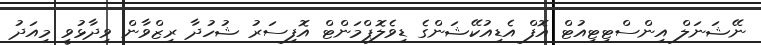
ނޭޝަނަލް އިންސްޓިޓިއުޓް އޮފް އެޑިއުކޭޝަންގެ ޑިވެލޮޕްމަންޓް އޮފިސަރު ޝުހުދާ ރިޒްވާން ވިދާޅުވީ މިއަދު